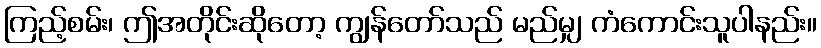
ကြည့်စမ်း၊ ဤအတိုင်းဆိုတော့ ကျွန်တော်သည် မည်မျှ ကံကောင်းသူပါနည်း။